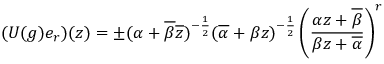
( U ( g ) e _ { r } ) ( z ) = \pm ( \alpha + \overline { { { \beta } } } \overline { { { z } } } ) ^ { - \frac { 1 } { 2 } } ( \overline { { { \alpha } } } + \beta z ) ^ { - \frac { 1 } { 2 } } \left( \frac { \alpha z + \overline { { { \beta } } } } { \beta z + \overline { { { \alpha } } } } \right) ^ { r }